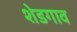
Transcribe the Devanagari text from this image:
शेडगाव